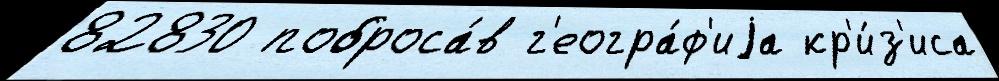
82830 поброса́в г'еогра́ф'иjа кр'и́з'иса